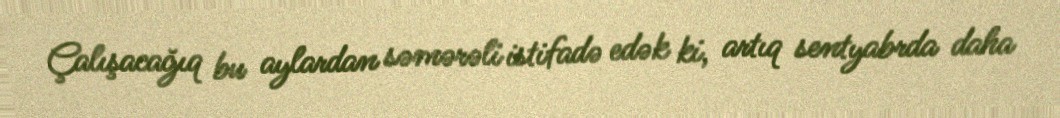
Çalışacağıq bu aylardan səmərəli istifadə edək ki, artıq sentyabrda daha